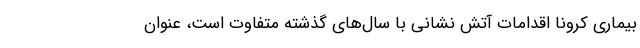
بیماری کرونا اقدامات آتش نشانی با سال‌های گذشته متفاوت است، عنوان